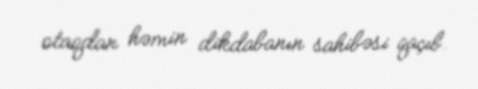
otaqdan həmin dikdabanın sahibəsi qaçıb.